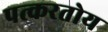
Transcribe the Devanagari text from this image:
पत्करतोय